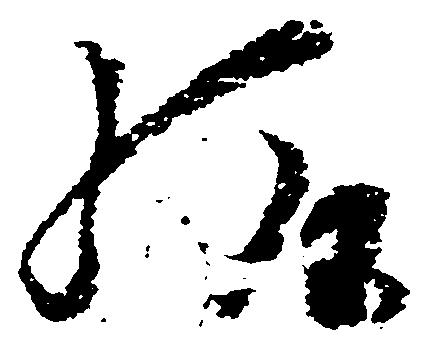
給